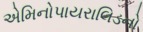
એમિનોપાયરાલિડનો